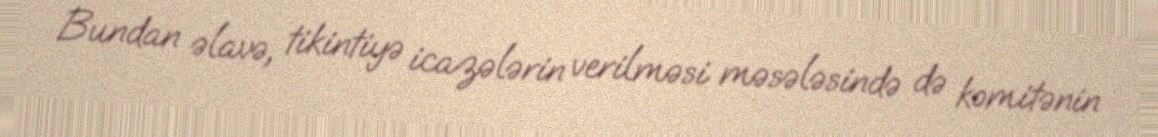
Bundan əlavə, tikintiyə icazələrin verilməsi məsələsində də komitənin